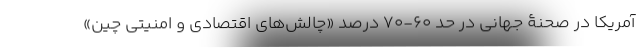
آمریکا در صحنۀ جهانی در حد ۶۰-۷۰ درصد «چالش‌های اقتصادی و امنیتی چین»